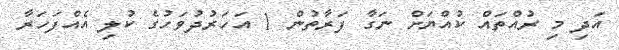
އަދި މި ރުއްތައް ކުއްޔަށް ނަގާ ފަރާތުން 1 އަހަރުދުވަހުގެ ކުލި އެއްފަހަރާ